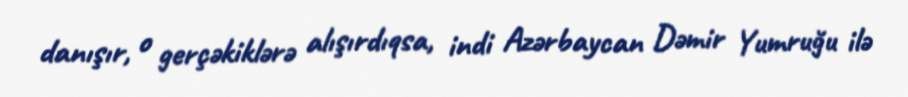
danışır, o gerçəkiklərə alışırdıqsa, indi Azərbaycan Dəmir Yumruğu ilə